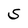
Character: G